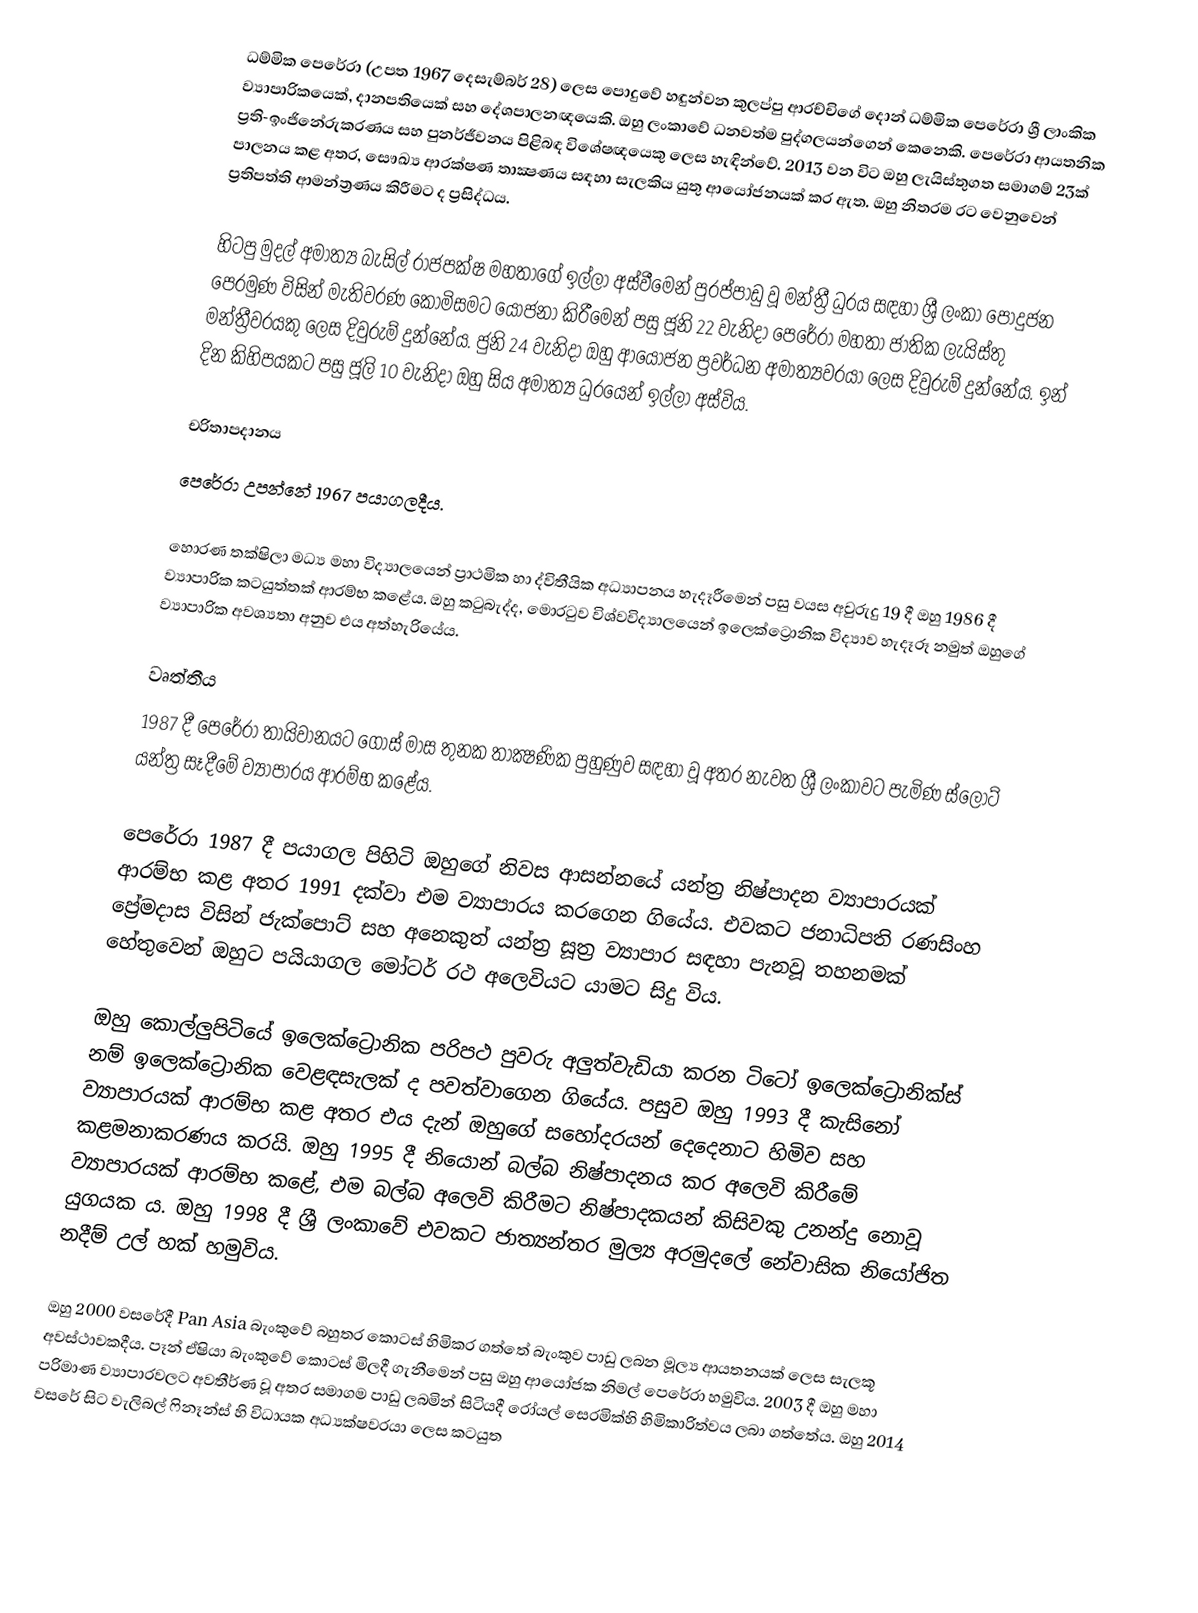
ධම්මික පෙරේරා (උපත 1967 දෙසැම්බර් 28) ලෙස පොදුවේ හඳුන්වන කුලප්පු ආරච්චිගේ දොන් ධම්මික පෙරේරා ශ්‍රී ලාංකික ව්‍යාපාරිකයෙක්, දානපතියෙක් සහ දේශපාලනඥයෙකි. ඔහු ලංකාවේ ධනවත්ම පුද්ගලයන්ගෙන් කෙනෙකි. පෙරේරා ආයතනික ප්‍රති-ඉංජිනේරුකරණය සහ පුනර්ජීවනය පිළිබඳ විශේෂඥයෙකු ලෙස හැඳින්වේ. 2013 වන විට ඔහු ලැයිස්තුගත සමාගම් 23ක් පාලනය කළ අතර, සෞඛ්‍ය ආරක්ෂණ තාක්‍ෂණය සඳහා සැලකිය යුතු ආයෝජනයක් කර ඇත. ඔහු නිතරම රට වෙනුවෙන් ප්‍රතිපත්ති ආමන්ත්‍රණය කිරීමට ද ප්‍රසිද්ධය.

හිටපු මුදල් අමාත්‍ය බැසිල් රාජපක්ෂ මහතාගේ ඉල්ලා අස්වීමෙන් පුරප්පාඩු වූ මන්ත්‍රී ධුරය සඳහා ශ්‍රී ලංකා පොදුජන පෙරමුණ විසින් මැතිවරණ කොමිසමට යෝජනා කිරීමෙන් පසු ජූනි 22 වැනිදා පෙරේරා මහතා ජාතික ලැයිස්තු මන්ත්‍රීවරයකු ලෙස දිවුරුම් දුන්නේය. ජුනි 24 වැනිදා ඔහු ආයෝජන ප්‍රවර්ධන අමාත්‍යවරයා ලෙස දිවුරුම් දුන්නේය. ඉන් දින කිහිපයකට පසු ජූලි 10 වැනිදා ඔහු සිය අමාත්‍ය ධුරයෙන් ඉල්ලා අස්විය.

චරිතාපදානය
පෙරේරා උපන්නේ 1967 පයාගලදීය.

හොරණ තක්ෂිලා මධ්‍ය මහා විද්‍යාලයෙන් ප්‍රාථමික හා ද්විතීයික අධ්‍යාපනය හැදෑරීමෙන් පසු වයස අවුරුදු 19 දී ඔහු 1986 දී ව්‍යාපාරික කටයුත්තක් ආරම්භ කළේය. ඔහු කටුබැද්ද, මොරටුව විශ්වවිද්‍යාලයෙන් ඉලෙක්ට්‍රොනික විද්‍යාව හැදෑරූ නමුත් ඔහුගේ ව්‍යාපාරික අවශ්‍යතා අනුව එය අත්හැරියේය.

වෘත්තීය
1987 දී පෙරේරා තායිවානයට ගොස් මාස තුනක තාක්‍ෂණික පුහුණුව සඳහා වූ අතර නැවත ශ්‍රී ලංකාවට පැමිණ ස්ලොට් යන්ත්‍ර සෑදීමේ ව්‍යාපාරය ආරම්භ කළේය.

පෙරේරා 1987 දී පයාගල පිහිටි ඔහුගේ නිවස ආසන්නයේ යන්ත්‍ර නිෂ්පාදන ව්‍යාපාරයක් ආරම්භ කළ අතර 1991 දක්වා එම ව්‍යාපාරය කරගෙන ගියේය. එවකට ජනාධිපති රණසිංහ ප්‍රේමදාස විසින් ජැක්පොට් සහ අනෙකුත් යන්ත්‍ර සූත්‍ර ව්‍යාපාර සඳහා පැනවූ තහනමක් හේතුවෙන් ඔහුට පයියාගල මෝටර් රථ අලෙවියට යාමට සිදු විය.

ඔහු කොල්ලුපිටියේ ඉලෙක්ට්‍රොනික පරිපථ පුවරු අලුත්වැඩියා කරන ටිටෝ ඉලෙක්ට්‍රොනික්ස් නම් ඉලෙක්ට්‍රොනික වෙළඳසැලක් ද පවත්වාගෙන ගියේය. පසුව ඔහු 1993 දී කැසිනෝ ව්‍යාපාරයක් ආරම්භ කළ අතර එය දැන් ඔහුගේ සහෝදරයන් දෙදෙනාට හිමිව සහ කළමනාකරණය කරයි. ඔහු 1995 දී නියොන් බල්බ නිෂ්පාදනය කර අලෙවි කිරීමේ ව්‍යාපාරයක් ආරම්භ කළේ, එම බල්බ අලෙවි කිරීමට නිෂ්පාදකයන් කිසිවකු උනන්දු නොවූ යුගයක ය. ඔහු 1998 දී ශ්‍රී ලංකාවේ එවකට ජාත්‍යන්තර මුල්‍ය අරමුදලේ නේවාසික නියෝජිත නදීම් උල් හක් හමුවිය.

ඔහු 2000 වසරේදී Pan Asia බැංකුවේ බහුතර කොටස් හිමිකර ගත්තේ බැංකුව පාඩු ලබන මූල්‍ය ආයතනයක් ලෙස සැලකූ අවස්ථාවකදීය. පෑන් ඒෂියා බැංකුවේ කොටස් මිලදී ගැනීමෙන් පසු ඔහු ආයෝජක නිමල් පෙරේරා හමුවිය.  2003 දී ඔහු මහා පරිමාණ ව්‍යාපාරවලට අවතීර්ණ වූ අතර සමාගම පාඩු ලබමින් සිටියදී රෝයල් සෙරමික්හි හිමිකාරිත්වය ලබා ගත්තේය.  ඔහු 2014 වසරේ සිට වැලිබල් ෆිනෑන්ස් හි විධායක අධ්‍යක්ෂවරයා ලෙස කටයුත